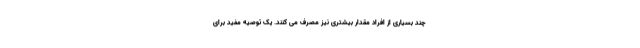
چند بسیاری از افراد مقدار بیشتری نیز مصرف می کنند. یک توصیه مفید برای